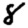
Digit: 8